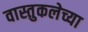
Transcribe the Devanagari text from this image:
वास्तुकलेच्या